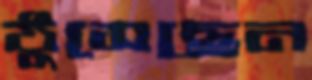
ঠুসেছেন